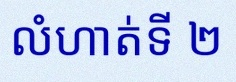
លំហាត់ទី ២